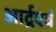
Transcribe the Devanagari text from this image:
आर्द्रएवं